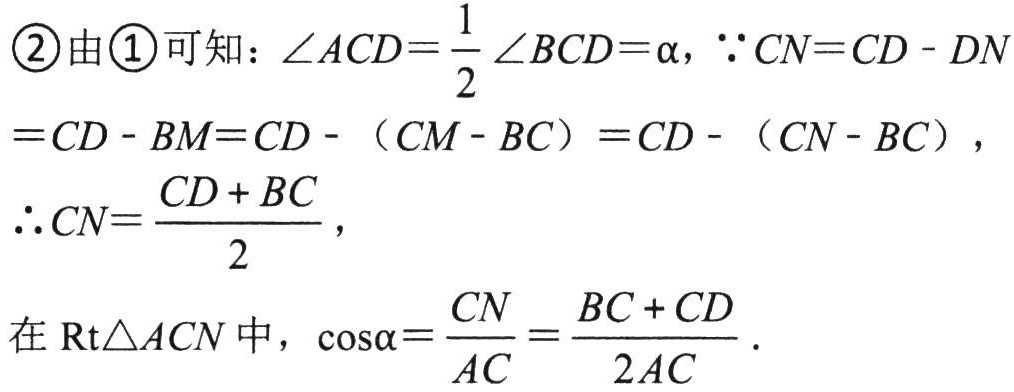
\textcircled{2}由\textcircled{1}可知：$\angle ACD=\frac{1}{2}\angle BCD = \alpha$，$\because CN=CD - DN=CD - BM=CD - (CM - BC)=CD - (CN - BC)$，
$\therefore CN=\frac{CD + BC}{2}$，
在$\text{Rt}\triangle ACN$中，$\cos\alpha=\frac{CN}{AC}=\frac{BC + CD}{2AC}$.